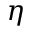
\eta